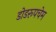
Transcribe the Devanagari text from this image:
डोडरूपचेम